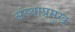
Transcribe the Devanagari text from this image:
संस्थाप्रमुख